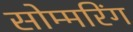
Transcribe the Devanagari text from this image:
सोम्मरिंग